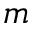
m